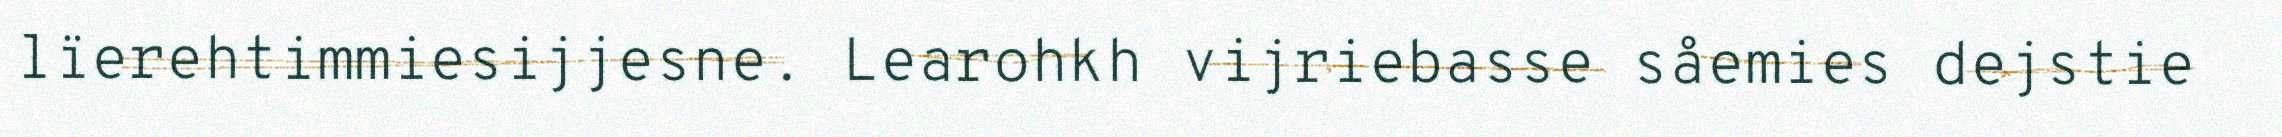
lïerehtimmiesijjesne. Learohkh vijriebasse såemies dejstie